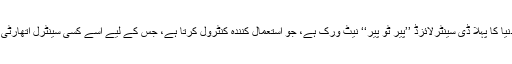
یہ پیسوں کی منتقلی اور وصولی کا دنیا کا پہلا ڈی سینٹرلائزڈ ’’پیر ٹو پیر‘‘ نیٹ ورک ہے، جو استعمال کنندہ کنٹرول کرتا ہے، جس کے لیے اسے کسی سینٹرل اتھارٹی یا مڈل مین کی ضرورت نہیں پڑتی۔